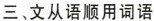
三、文从语顺用词语